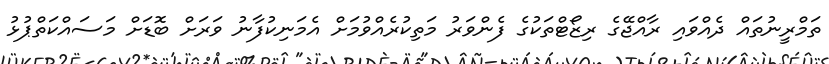
ތަމްރީނުތައް ދެއްވައި ރާއްޖޭގެ ރިޒޯޓްތަކުގެ ފެންވަރު މަތިކުރެއްވުމަށް އެމަނިކުފާނު ވަރަށް ބޮޑަށް މަސައްކަތްޕުޅު